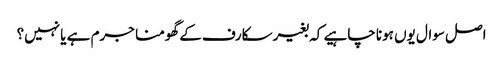
اصل سوال یوں ہونا چاہیے کہ بغیر سکارف کے گھومنا جرم ہے یا نہیں؟